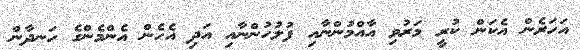
އަހަރެން އެކަން ކުރީ މަރުވި އާއްމުންނާއި ފުލުހުންނާއި އަދި އެހެން އެންމެންގެ ހަނދާން